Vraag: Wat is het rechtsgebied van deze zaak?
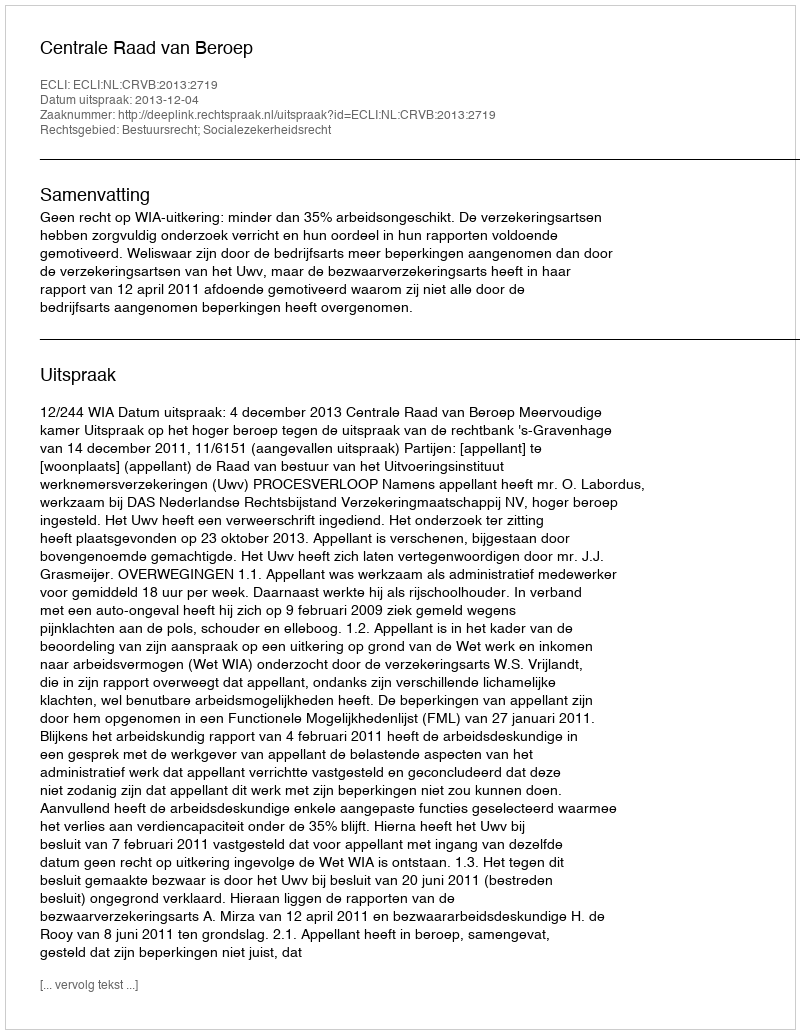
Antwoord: Bestuursrecht; Socialezekerheidsrecht